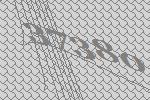
37380